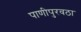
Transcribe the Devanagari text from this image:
पाणीपुरवठा